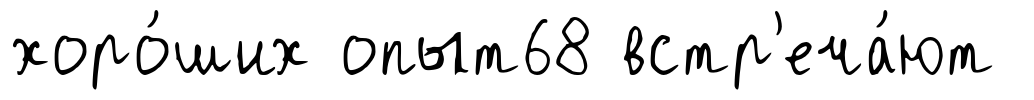
хоро́ших опыт68 встр'еча́ют